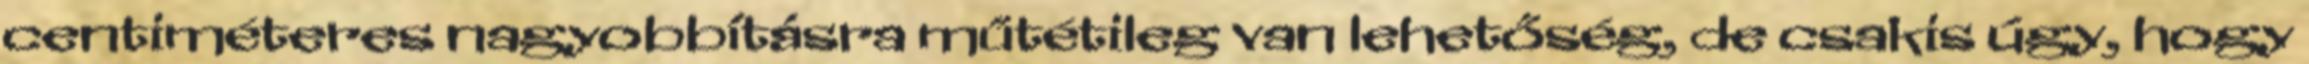
centiméteres nagyobbításra műtétileg van lehetőség, de csakis úgy, hogy